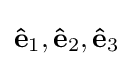
\mathbf {\hat {e}} _{1},\mathbf {\hat {e}} _{2},\mathbf {\hat {e}} _{3}